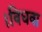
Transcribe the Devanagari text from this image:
।विधवा